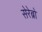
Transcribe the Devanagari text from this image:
सेरेब्रो